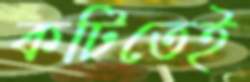
কটিতেই